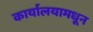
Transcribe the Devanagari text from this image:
कार्यालयामधून